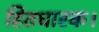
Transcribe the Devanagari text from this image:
हितधारक।